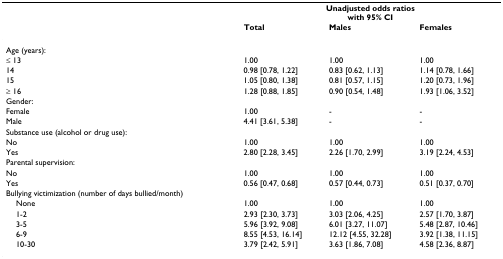
<table><thead><tr><td></td><td colspan="3"><b>Unadjusted odds ratioswith 95% CI</b></td></tr><tr><td></td><td><b>Total</b></td><td><b>Males</b></td><td><b>Females</b></td></tr></thead><tbody><tr><td>Age (years):</td><td></td><td></td><td></td></tr><tr><td>≤ 13</td><td>1.00</td><td>1.00</td><td>1.00</td></tr><tr><td>14</td><td>0.98 [0.78, 1.22]</td><td>0.83 [0.62, 1.13]</td><td>1.14 [0.78, 1.66]</td></tr><tr><td>15</td><td>1.05 [0.80, 1.38]</td><td>0.81 [0.57, 1.15]</td><td>1.20 [0.73, 1.96]</td></tr><tr><td>≥ 16</td><td>1.28 [0.88, 1.85]</td><td>0.90 [0.54, 1.48]</td><td>1.93 [1.06, 3.52]</td></tr><tr><td>Gender:</td><td></td><td></td><td></td></tr><tr><td>Female</td><td>1.00</td><td>-</td><td>-</td></tr><tr><td>Male</td><td>4.41 [3.61, 5.38]</td><td>-</td><td>-</td></tr><tr><td>Substance use (alcohol or drug use):</td><td></td><td></td><td></td></tr><tr><td>No</td><td>1.00</td><td>1.00</td><td>1.00</td></tr><tr><td>Yes</td><td>2.80 [2.28, 3.45]</td><td>2.26 [1.70, 2.99]</td><td>3.19 [2.24, 4.53]</td></tr><tr><td>Parental supervision:</td><td></td><td></td><td></td></tr><tr><td>No</td><td>1.00</td><td>1.00</td><td>1.00</td></tr><tr><td>Yes</td><td>0.56 [0.47, 0.68]</td><td>0.57 [0.44, 0.73]</td><td>0.51 [0.37, 0.70]</td></tr><tr><td>Bullying victimization (number of days bullied/month)</td><td></td><td></td><td></td></tr><tr><td> None</td><td>1.00</td><td>1.00</td><td>1.00</td></tr><tr><td> 1-2</td><td>2.93 [2.30, 3.73]</td><td>3.03 [2.06, 4.25]</td><td>2.57 [1.70, 3.87]</td></tr><tr><td> 3-5</td><td>5.96 [3.92, 9.08]</td><td>6.01 [3.27, 11.07]</td><td>5.48 [2.87, 10.46]</td></tr><tr><td> 6-9</td><td>8.55 [4.53, 16.14]</td><td>12.12 [4.55, 32.28]</td><td>3.92 [1.38, 11.15]</td></tr><tr><td> 10-30</td><td>3.79 [2.42, 5.91]</td><td>3.63 [1.86, 7.08]</td><td>4.58 [2.36, 8.87]</td></tr></tbody></table>